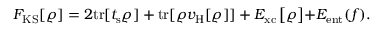
{ \displaystyle F _ { \mathrm { K S } } [ \varrho ] = 2 \mathrm { t r } [ t _ { \mathrm { s } } \varrho ] + \mathrm { t r } [ \varrho v _ { \mathrm { H } } [ \varrho ] ] + E _ { \mathrm { x c } } \left[ \varrho \right] } { \displaystyle + E _ { \mathrm { e n t } } ( f ) } . \,